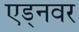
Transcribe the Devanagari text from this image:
एड्नवर